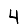
Digit: 4